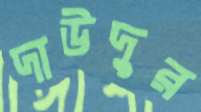
দাউদুর